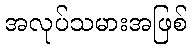
အလုပ်သမားအဖြစ်